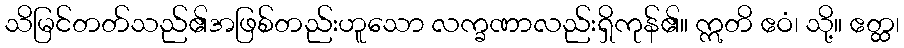
သိမြင်တတ်သည်၏အဖြစ်တည်းဟူသော လက္ခဏာလည်းရှိကုန်၏။ ဣတိ ဧဝံ၊ သို့။ ဧတ္ထ၊